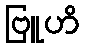
ဗြူဟိ